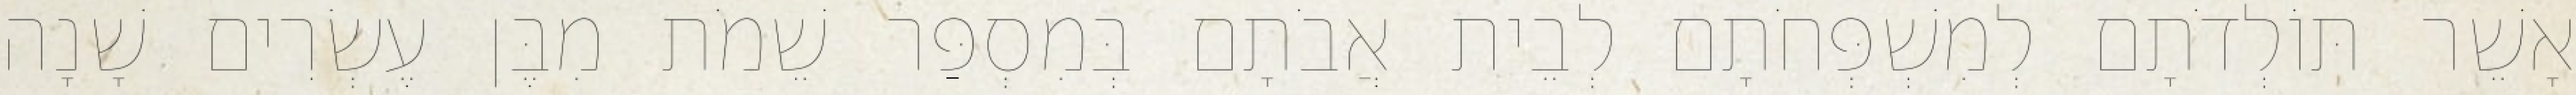
אָשֵׁר תּוֹלְדֹתָם לְמִשְׁפְּחֹתָם לְבֵית אֲבֹתָם בְּמִסְפַּר שֵׁמֹת מִבֶּן עֶשְׂרִים שָׁנָה